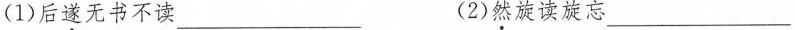
(1)后遂无书不读___(2)然旋读旋忘___